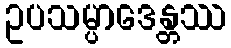
ဥပသမ္ပာဒေန္တဿ